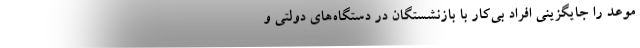
موعد را جایگزینی افراد بی‌کار با بازنشستگان در دستگاه‌های دولتی و